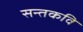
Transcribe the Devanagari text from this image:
सन्तकवि